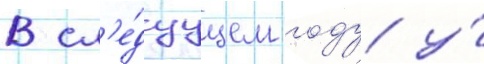
В сл'е́дуущем году у́